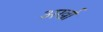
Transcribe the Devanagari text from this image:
अर्खा